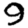
Digit: 9